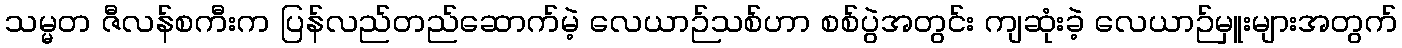
သမ္မတ ဇီလန်စကီးက ပြန်လည်တည်ဆောက်မဲ့ လေယာဉ်သစ်ဟာ စစ်ပွဲအတွင်း ကျဆုံးခဲ့ လေယာဉ်မှူးများအတွက်